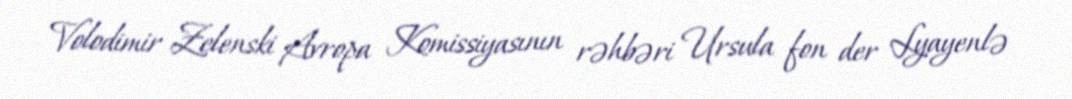
Volodimir Zelenski Avropa Komissiyasının rəhbəri Ursula fon der Lyayenlə